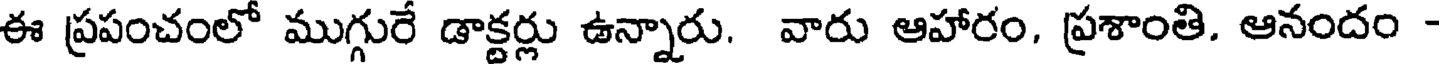
ఈ ప్రపంచంలో ముగ్గురే డాక్టర్లు ఉన్నారు. వారు ఆహారం, ప్రశాంతి. ఆనందం -